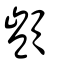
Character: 顗